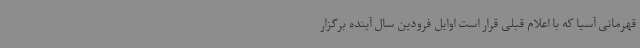
قهرمانی آسیا که با اعلام قبلی قرار است اوایل فرودین سال آینده برگزار